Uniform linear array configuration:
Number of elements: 48
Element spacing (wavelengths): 0.25
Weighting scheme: exponential
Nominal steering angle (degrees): -60
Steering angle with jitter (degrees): -60.925
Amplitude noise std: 0.05
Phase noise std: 0.05

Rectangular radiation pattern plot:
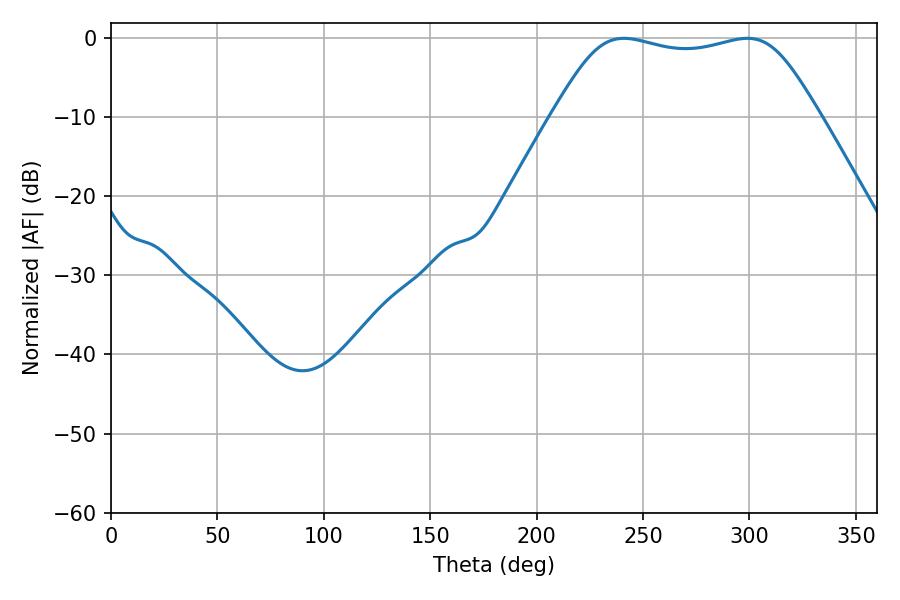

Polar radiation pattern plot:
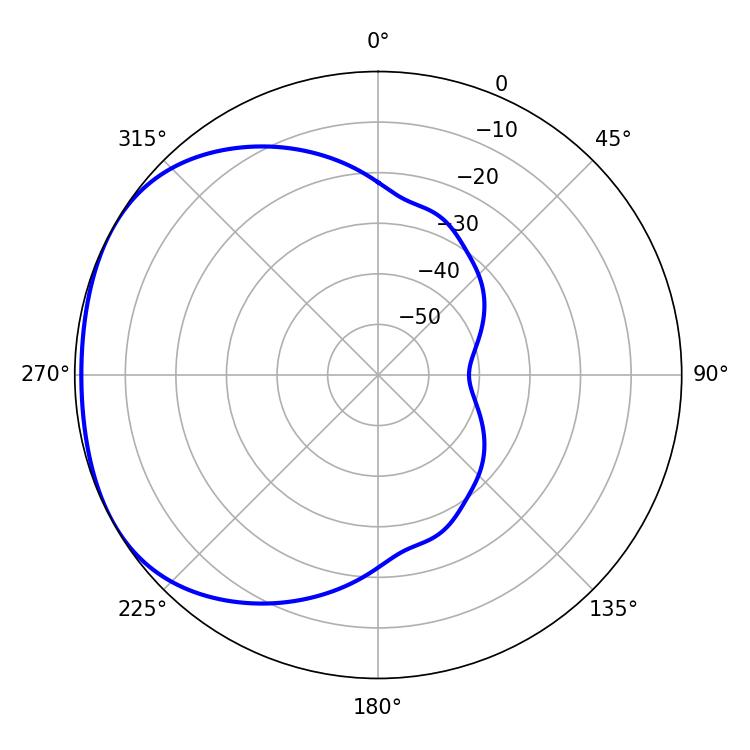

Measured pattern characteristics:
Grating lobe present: FALSE
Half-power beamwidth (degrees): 95.04
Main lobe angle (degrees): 241.02